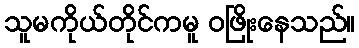
သူမကိုယ်တိုင်ကမူ ဝဖြိုးနေသည်။